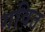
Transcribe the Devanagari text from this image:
गवित